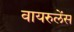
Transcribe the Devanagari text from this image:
वायरुलेंस